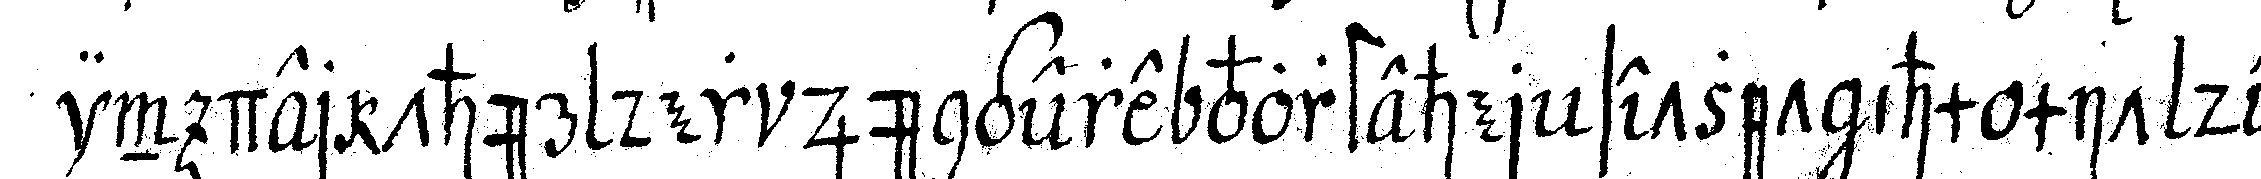
in der thür der jüngere vorsteher setzet ihm mit de